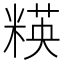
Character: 䊔